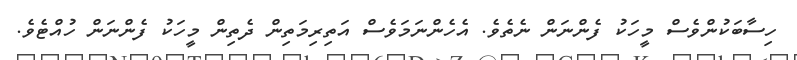
ހިސާބަކުންވެސް މީހަކު ފެންނަން ނެތެވެ. އެހެންނަމަވެސް އަތިރިމަތިން ދެތިން މީހަކު ފެންނަން ހުއްޓެވެ.